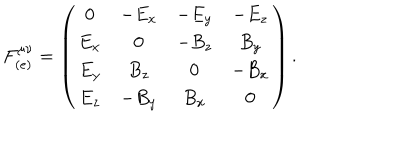
F _ { ( e ) } ^ { \mu \nu } = \left( \begin{array} { c c c c } { { 0 } } & { { - E _ { x } } } & { { - E _ { y } } } & { { - E _ { z } } } \\ { { E _ { x } } } & { { 0 } } & { { - B _ { z } } } & { { B _ { y } } } \\ { { E _ { y } } } & { { B _ { z } } } & { { 0 } } & { { - B _ { x } } } \\ { { E _ { z } } } & { { - B _ { y } } } & { { B _ { x } } } & { { 0 } } \\ \end{array} \right) .